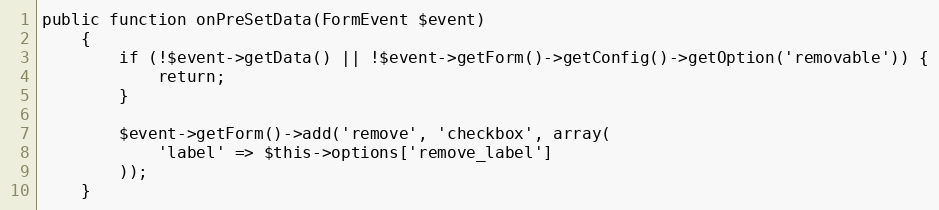
Language: PHP
public function onPreSetData(FormEvent $event)
    {
        if (!$event->getData() || !$event->getForm()->getConfig()->getOption('removable')) {
            return;
        }

        $event->getForm()->add('remove', 'checkbox', array(
            'label' => $this->options['remove_label']
        ));
    }